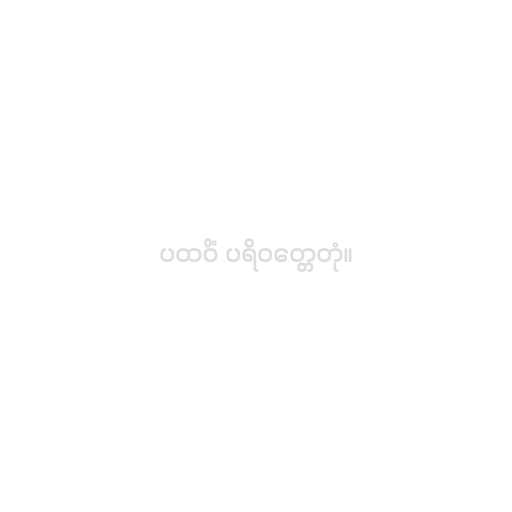
ပထဝိံ ပရိဝတ္တေတုံ။